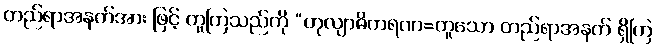
တည်ရာအနက်အား ဖြင့် တူကြသည်ကို “တုလျာဓိကရဏ=တူသော တည်ရာအနက် ရှိကြ